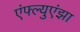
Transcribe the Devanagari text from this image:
एंफ्ल्युएंझा